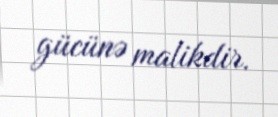
gücünə malikdir.